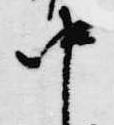
中